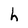
Character: h